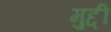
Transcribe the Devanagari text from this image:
मुद्दी